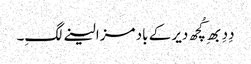
دِدِ بھِ کُچھ دیر کے باد مزا لینے لگِ۔